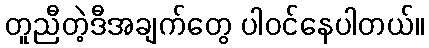
တူညီတဲ့ဒီအချက်တွေ ပါဝင်နေပါတယ်။